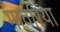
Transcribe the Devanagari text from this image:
मावरिया